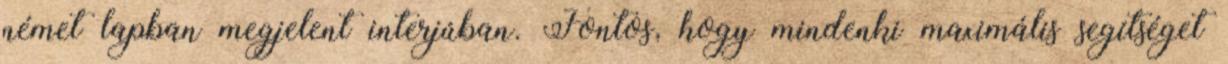
német lapban megjelent interjúban. Fontos, hogy mindenki maximális segítséget